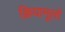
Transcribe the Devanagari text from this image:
क्रियामूलों